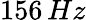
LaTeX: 156\, Hz